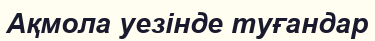
Ақмола уезінде туғандар